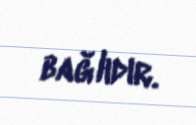
bağlıdır.